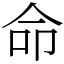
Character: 命